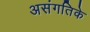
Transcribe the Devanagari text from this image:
असंगतिके